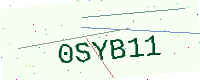
Text: 0SYB11